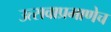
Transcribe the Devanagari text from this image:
उत्सवाप्रमाणेच